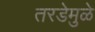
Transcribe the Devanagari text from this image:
तरडेमुळे